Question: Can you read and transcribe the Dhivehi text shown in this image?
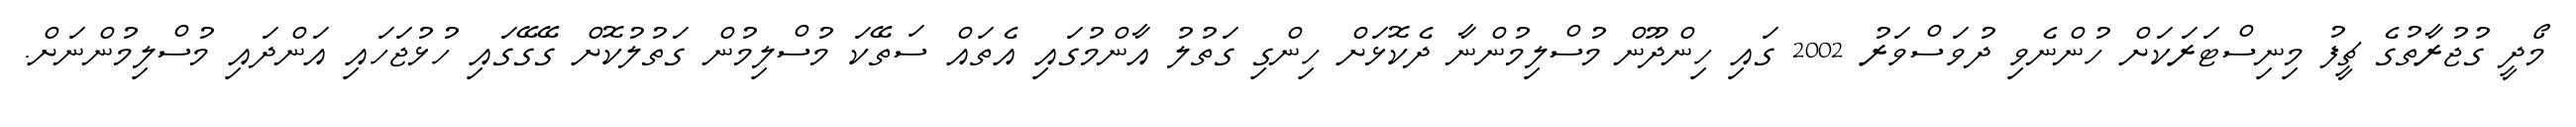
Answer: މޯދީ ގުޖުރާތުގެ ޗީފު މިނިސްޓަރަކަށް ހުންނެވި ދުވަސްވަރު 2002 ގައި ހިންދޫން މުސްލިމުންނާ ދެކޮޅަށް ހިންގި ގަތުލު އާންމުގައި އެތައް ސަތޭކަ މުސްލިމުން ގަތުލުކޮށް ގޭގޭގައި ހުޅުޖަހައި އަންދައި މުސްލިމުންނަށް.